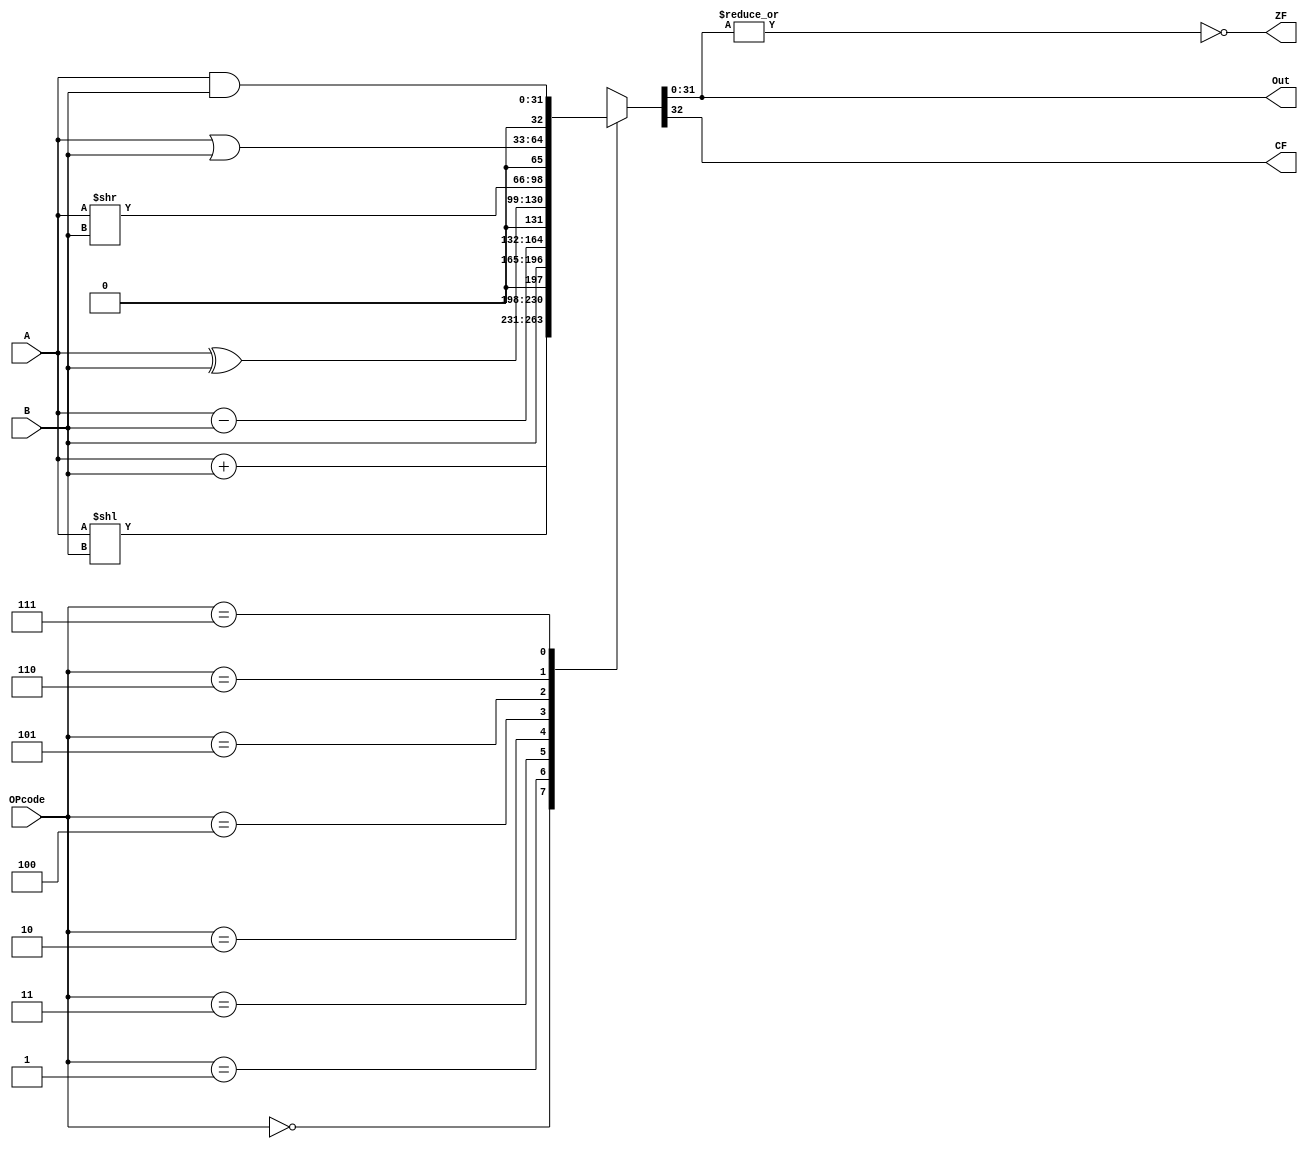

module ALU(A,B,OPcode,CF,ZF,Out);
	input[31:0] A,B;
	input [2:0]OPcode;
	output ZF;
	output reg CF;
	output reg[31:0]Out;
always @(*)

begin
case (OPcode)
3'b000: {CF,Out}=A+B;
3'b001: {CF,Out}=A<<B;
3'b011: {CF,Out}=B;
3'b010: {CF,Out}=A-B;
3'b100: {CF,Out}=A^B;
3'b101: {CF,Out}=A>>B;
3'b110: {CF,Out}=A|B;
3'b111: {CF,Out}= A&B;
default: {CF,Out}=32'h0000;
endcase
end

//assign CF = Out[32];
assign ZF = ~|(Out);

endmodule